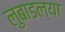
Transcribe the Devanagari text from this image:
लुबाडल्या